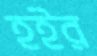
হইর